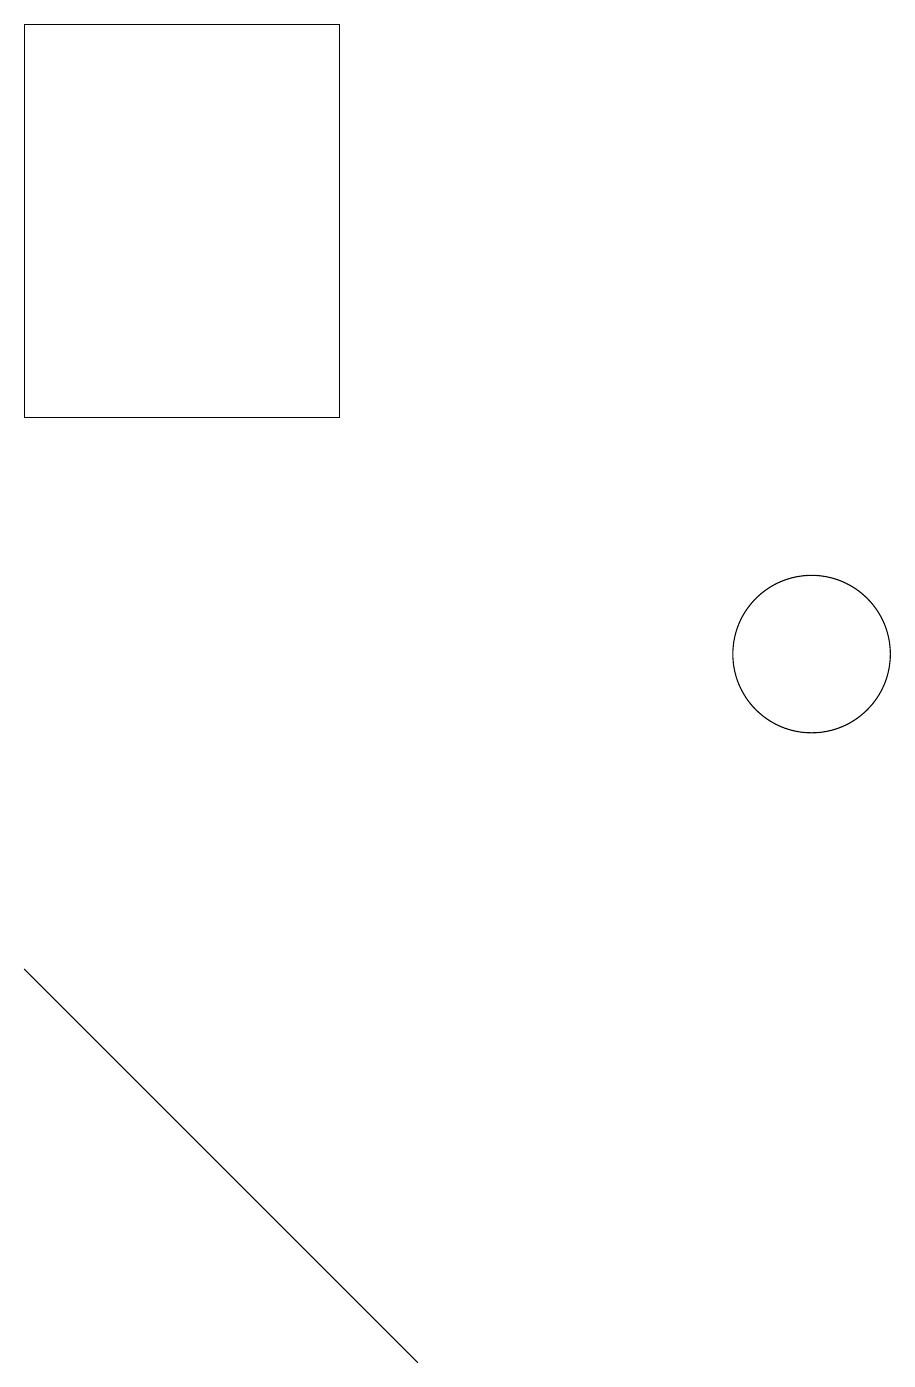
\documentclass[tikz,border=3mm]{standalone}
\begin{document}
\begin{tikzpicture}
\draw (10,10) circle (1);
\draw (0,18) rectangle (4,13);
\draw (4,2) -- (0,6) -- (5,1) -- cycle;
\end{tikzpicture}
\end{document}